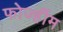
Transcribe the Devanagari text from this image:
फोर्ज्हीम